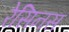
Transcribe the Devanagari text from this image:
रेसिनस